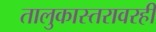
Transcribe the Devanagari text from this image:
तालुकास्तरावरही